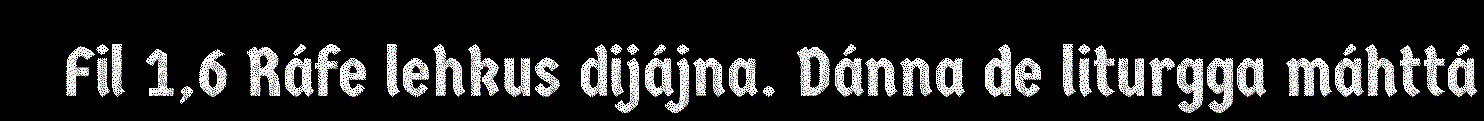
Fil 1,6 Ráfe lehkus dijájna. Dánna de liturgga máhttá